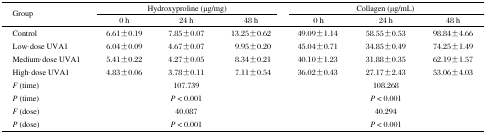
<table><thead><tr><td><b>Group</b></td><td colspan="3"><b>Hydroxyproline (μg/mg)</b></td><td colspan="3"><b>Collagen (μg/mL)</b></td></tr><tr><td></td><td><b>0 h</b></td><td><b>24 h</b></td><td><b>48 h</b></td><td><b>0 h</b></td><td><b>24 h</b></td><td><b>48 h</b></td></tr></thead><tbody><tr><td>Control</td><td>6.61 ± 0.19</td><td>7.85 ± 0.07</td><td>13.25 ± 0.62</td><td>49.09 ± 1.14</td><td>58.55 ± 0.53</td><td>98.84 ± 4.66</td></tr><tr><td>Low-dose UVA1</td><td>6.04 ± 0.09</td><td>4.67 ± 0.07</td><td>9.95 ± 0.20</td><td>45.04 ± 0.71</td><td>34.85 ± 0.49</td><td>74.25 ± 1.49</td></tr><tr><td>Medium-dose UVA1</td><td>5.41 ± 0.22</td><td>4.27 ± 0.05</td><td>8.34 ± 0.21</td><td>40.10 ± 1.23</td><td>31.88 ± 0.35</td><td>62.19 ± 1.57</td></tr><tr><td>High-dose UVA1</td><td>4.83 ± 0.06</td><td>3.78 ± 0.11</td><td>7.11 ± 0.54</td><td>36.02 ± 0.43</td><td>27.17 ± 2.43</td><td>53.06 ± 4.03</td></tr><tr><td><i>F</i> (time)</td><td></td><td>107.739</td><td></td><td></td><td>108.268</td><td></td></tr><tr><td><i>P</i> (time)</td><td></td><td><i>P</i> &lt; 0.001</td><td></td><td></td><td><i>P</i> &lt; 0.001</td><td></td></tr><tr><td><i>F</i> (dose)</td><td></td><td>40.087</td><td></td><td></td><td>40.294</td><td></td></tr><tr><td><i>P</i> (dose)</td><td></td><td><i>P</i> &lt; 0.001</td><td></td><td></td><td><i>P</i> &lt; 0.001</td><td></td></tr></tbody></table>